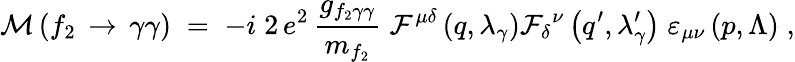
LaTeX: {\cal{M}}\left({f_{2}}\, \rightarrow\, \gamma\gamma\right)\; =\; -i\; 2\, e^{2}\, \frac{g_{{f_{2}}\gamma\gamma}}{m_{f_{2}}}\; {{\cal{F}}^{\mu\delta}}\left(q,\lambda_{\gamma}\right){{{\cal{F}}_{\delta}}^{\nu}}\left(q^{\prime},\lambda_{\gamma}^{\prime}\right)\; {{\varepsilon}_{\mu\nu}}\, (p,\Lambda)\; ,